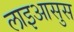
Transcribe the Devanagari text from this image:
लाइआसुस